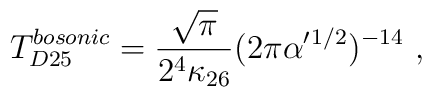
T^{bosonic}_{D25} = {\sqrt\pi\over2^4  \kappa_{26}}(2\pi\alpha^\prime{}^{1/2})^{-14}\ ,